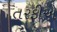
તરફીએ